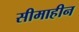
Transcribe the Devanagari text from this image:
सीमाहीन